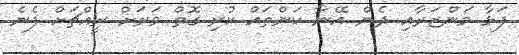
ފަޅާ މަންޒަރާއި ދެން އޭނާ ކަންތައް ކުރި ގޮތް ވަރަށް ރީއްޗަށް ފެނެ